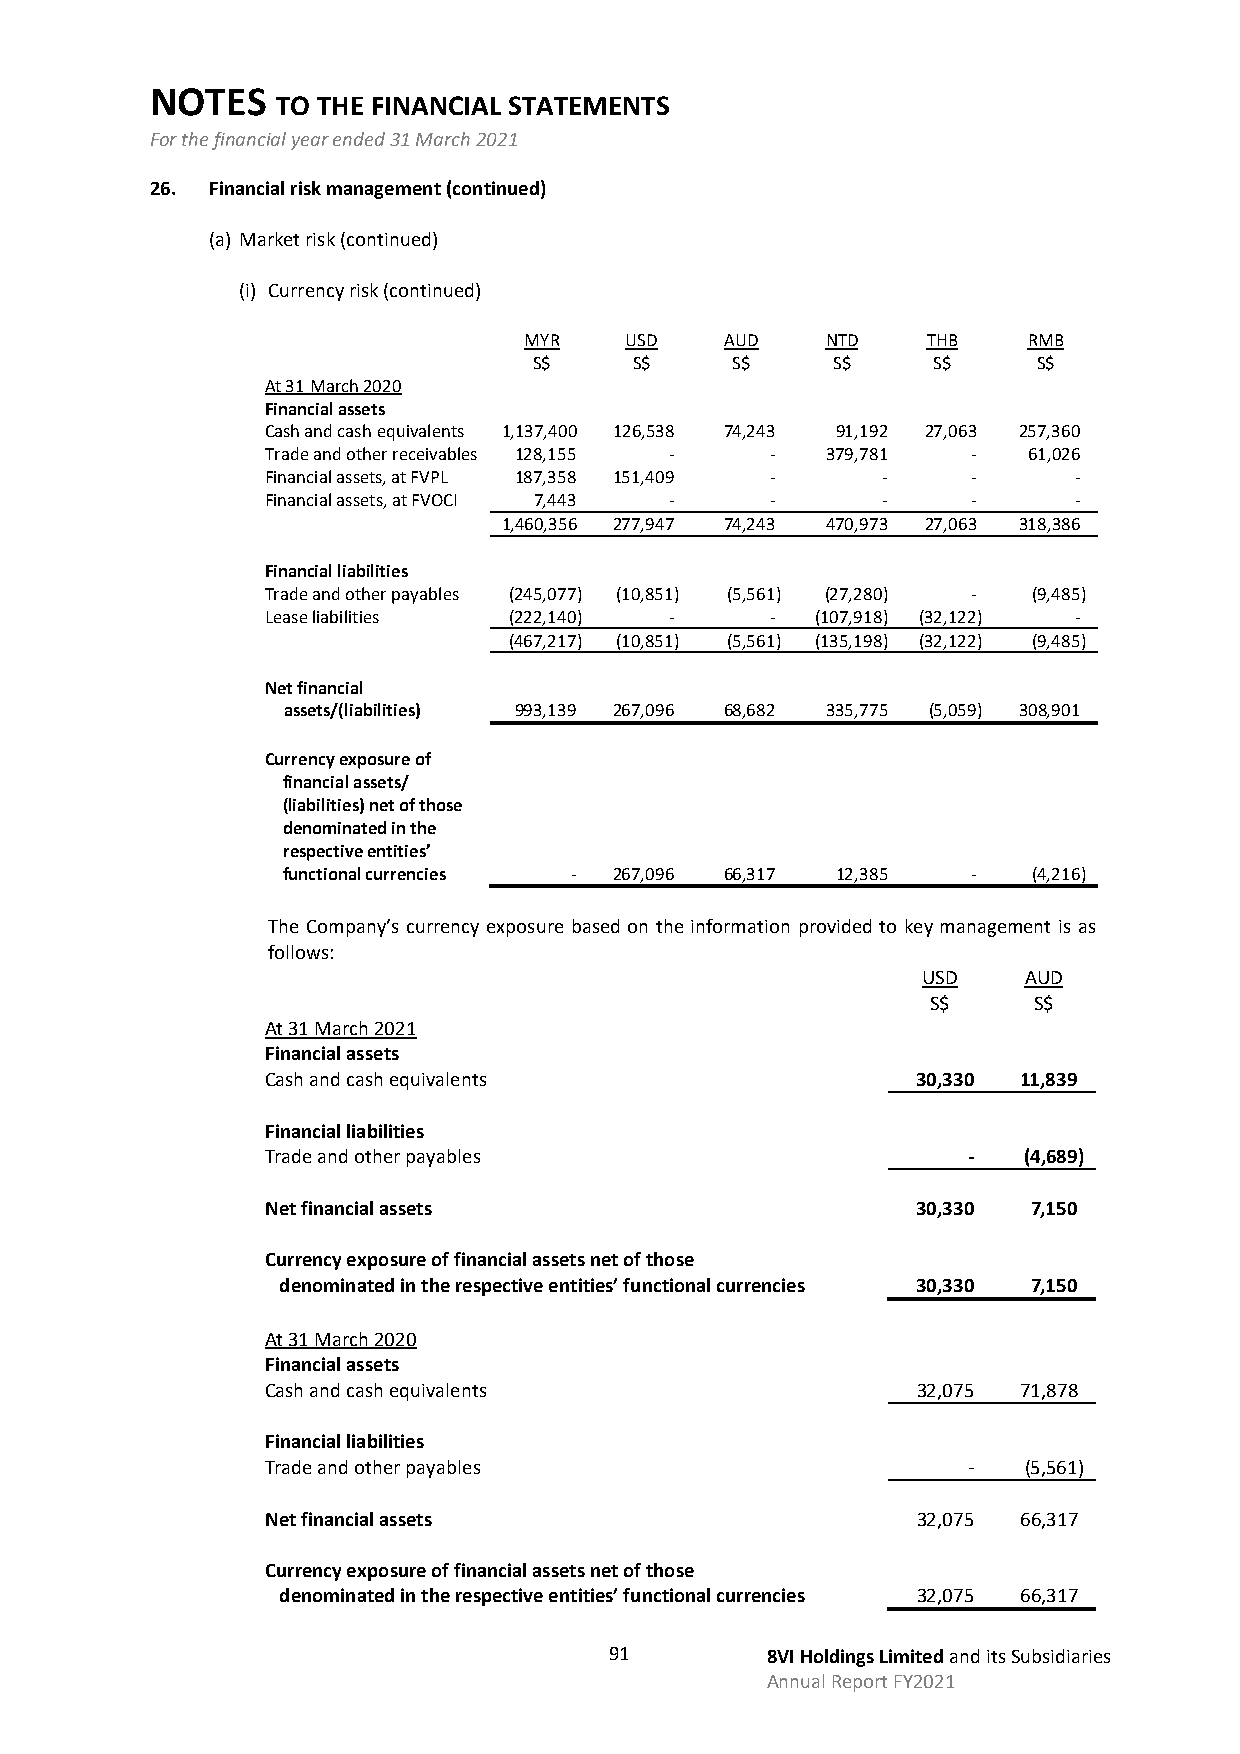
NOTES
 TO THE FINANCIAL STATEMENTS
 For the financial year ended 31 March 2021
 26. Financial risk management (continued)
 (a) Market risk (continued)
 (i) Currency risk (continued)
 MYR   USD    AUD    NTD   THB    RMB
 S$     S$    S$     S$     S$     S$
 At 31 March 2020
 Financial assets
 Cash and cash equivalents 1,137,400 126,538 74,243 91,192 27,063 257,360
 Trade and other receivables 128,155 - - 379,781 - 61,026
 Financial assets, at FVPL 187,358 151,409 - - -      -
 Financial assets, at FVOCI 7,443 - -    -     -      -
 1,460,356 277,947 74,243 470,973 27,063 318,386
 Financial liabilities
 Trade and other payables (245,077) (10,851) (5,561) (27,280) - (9,485)
 Lease liabilities (222,140) -    -  (107,918) (32,122) -
 (467,217) (10,851) (5,561) (135,198) (32,122) (9,485)
 Net financial
 assets/(liabilities) 993,139 267,096 68,682 335,775 (5,059) 308,901
 Currency exposure of
 financial assets/
 (liabilities) net of those
 denominated in the
 respective entities’
 functional currencies - 267,096 66,317 12,385 -  (4,216)
 The Company’s currency exposure based on the information provided to key management is as
 follows:
 USD    AUD
 S$    S$
 At 31 March 2021
 Financial assets
 Cash and cash equivalents                  30,330 11,839
 Financial liabilities
 Trade and other payables                      -   (4,689)
 Net financial assets                       30,330 7,150
 Currency exposure of financial assets net of those
 denominated in the respective entities’ functional currencies 30,330 7,150
 At 31 March 2020
 Financial assets
 Cash and cash equivalents                  32,075 71,878
 Financial liabilities
 Trade and other payables                      -   (5,561)
 Net financial assets                       32,075 66,317
 Currency exposure of financial assets net of those
 denominated in the respective entities’ functional currencies 32,075 66,317
 91         8VI Holdings Limited and its Subsidiaries
 Annual Report FY2021